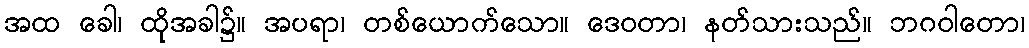
အထ ခေါ၊ ထိုအခါ၌။ အပရာ၊ တစ်ယောက်သော။ ဒေဝတာ၊ နတ်သားသည်။ ဘဂဝါတော၊